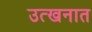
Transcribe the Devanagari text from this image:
उत्खनात